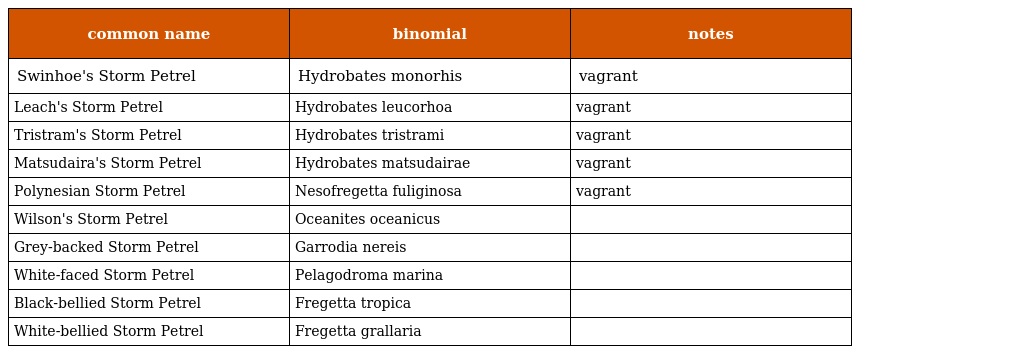
| common name | binomial | notes |
 | --- | --- | --- |
 | Swinhoe's Storm Petrel | Hydrobates monorhis | vagrant |
 | Leach's Storm Petrel | Hydrobates leucorhoa | vagrant |
 | Tristram's Storm Petrel | Hydrobates tristrami | vagrant |
 | Matsudaira's Storm Petrel | Hydrobates matsudairae | vagrant |
 | Polynesian Storm Petrel | Nesofregetta fuliginosa | vagrant |
 | Wilson's Storm Petrel | Oceanites oceanicus |  |
 | Grey-backed Storm Petrel | Garrodia nereis |  |
 | White-faced Storm Petrel | Pelagodroma marina |  |
 | Black-bellied Storm Petrel | Fregetta tropica |  |
 | White-bellied Storm Petrel | Fregetta grallaria |  |